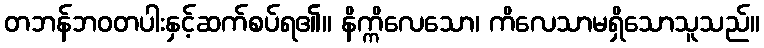
တဘန်ဘဝတပါးနှင့်ဆက်စပ်ရ၏။ နိက္ကိလေသော၊ ကိလေသာမရှိသောသူသည်။